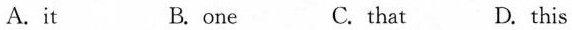
A. it B. one C.that D. this